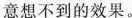
意想不到的效果。